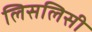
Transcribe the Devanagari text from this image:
लिसलिसी